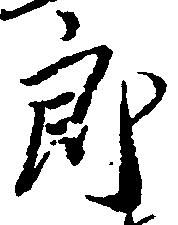
郎